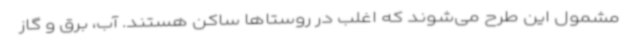
مشمول این طرح می‌شوند که اغلب در روستاها ساکن هستند. آب، برق و گاز